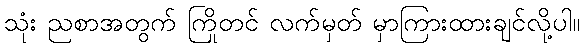
သုံး ညစာအတွက် ကြိုတင် လက်မှတ် မှာကြားထားချင်လို့ပါ။